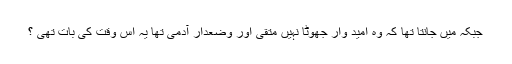
جبکہ میں جانتا تھا کہ وہ امید وار جھوٹا نہیں متقی اور وضعدار آدمی تھا یہ اس وقت کی بات تھی ؟